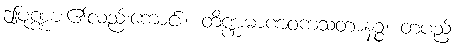
ဤပုဏ္ဏား၏လည်းကောင်း။ တိဏ္ဏံမာဏဝကသတာနဉ္စ၊ တပည့်